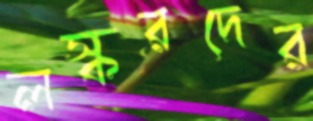
লস্করদের